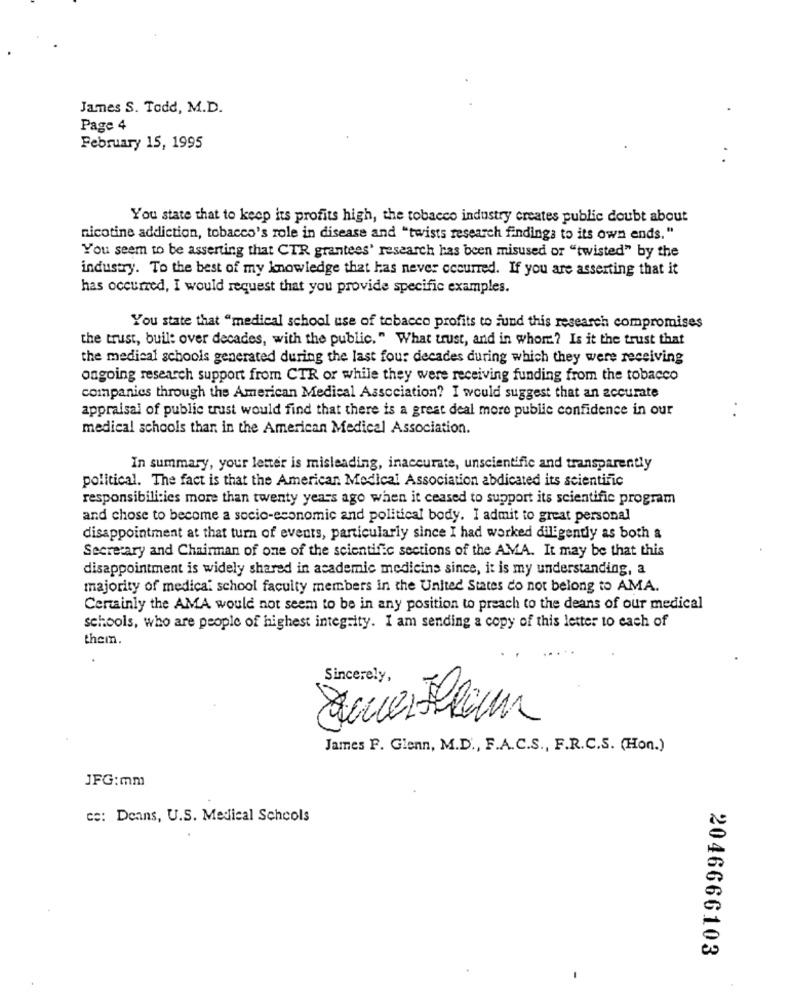
James S. Todd, M.D.
Page 4
February 15, 1995
You state that to keep its profits high, the tobacco industry creates public doubt about
nicotine addiction, tobacco's role in disease and "twists research findings to its own ends. "
You seem to be asserting that CTR grantees' research has been misused or "twisted" by the
industry. To the best of my knowledge that has never occurred. If you are asserting that it
has occurred, I would request that you provide specific examples.
You state that "medical school use of tobacco profits to fund this research compromises
the trust, buil: over decades, with the public. " What trust, and in whom? Is it the trust that
the medical schools generated during the last four decades during which they were receiving
ongoing research support from CTR or while they were receiving funding from the tobacco
companies through the American Medical Association? I would suggest that an accurate
appraisal of public trust would find that there is a great deal more publie confidence in our
medical schools thar in the American Medical Association.
In summary, your letter is misleading, inaccurate, unscientific and transparently
political. The fact is that the American Medical Association abdicated its scientific
responsibilities more than twenty years ago when it ceased to support its scientific program
and chose to become a socio-economic and political body. I admit to great personal
disappointment at that turn of events, particularly since I had worked diligently as both a
Secretary and Chairman of one of the scientific sections of the AMA. It may be that this
disappointment is widely shared in academic medicins since, it is my understanding, a
majority of medical school faculty members in the United States do not belong to AMA.
Certainly the AMA would not seem to be in any position to preach to the deans of our medical
schools, who are people of highest integrity. I am sending a copy of this letter to each of
them.
Sincerely,
SauerFlam
James F. Glenn, M.D ., F.A.C.S ., F.R.C.S. (Hon.)
JFG:mm
Ce: Deans, U.S. Medical Schcols
2046666103